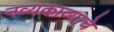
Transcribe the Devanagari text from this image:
नव्यकाव्याचे